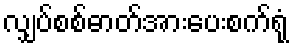
လျှပ်စစ်ဓာတ်အားပေးစက်ရုံ